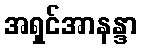
အရှင်အာနန္ဒာ